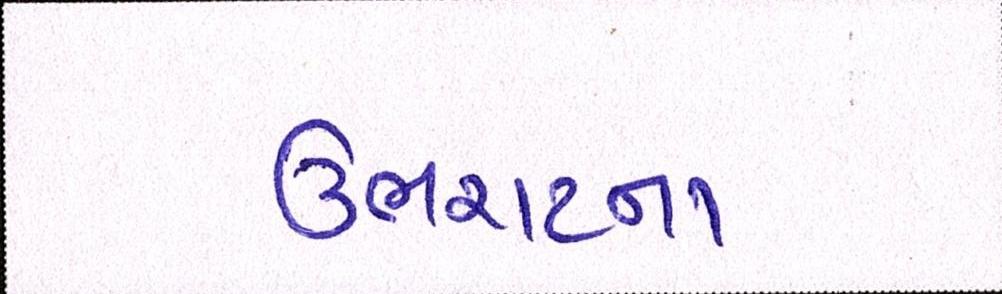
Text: ઉભરાટના